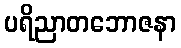
ပရိညာတဘောဇနာ